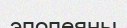
эпопеяны